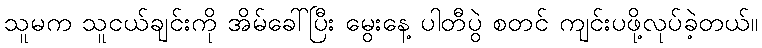
သူမက သူငယ်ချင်းကို အိမ်ခေါ်ပြီး မွေးနေ့ ပါတီပွဲ စတင် ကျင်းပဖို့လုပ်ခဲ့တယ်။